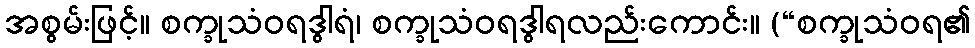
အစွမ်းဖြင့်။ စက္ခုသံဝရဒွါရံ၊ စက္ခုသံဝရဒွါရလည်းကောင်း။ (“စက္ခုသံဝရ၏